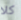
كلا